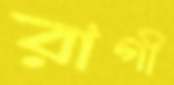
রাগী